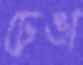
ঢেঙা